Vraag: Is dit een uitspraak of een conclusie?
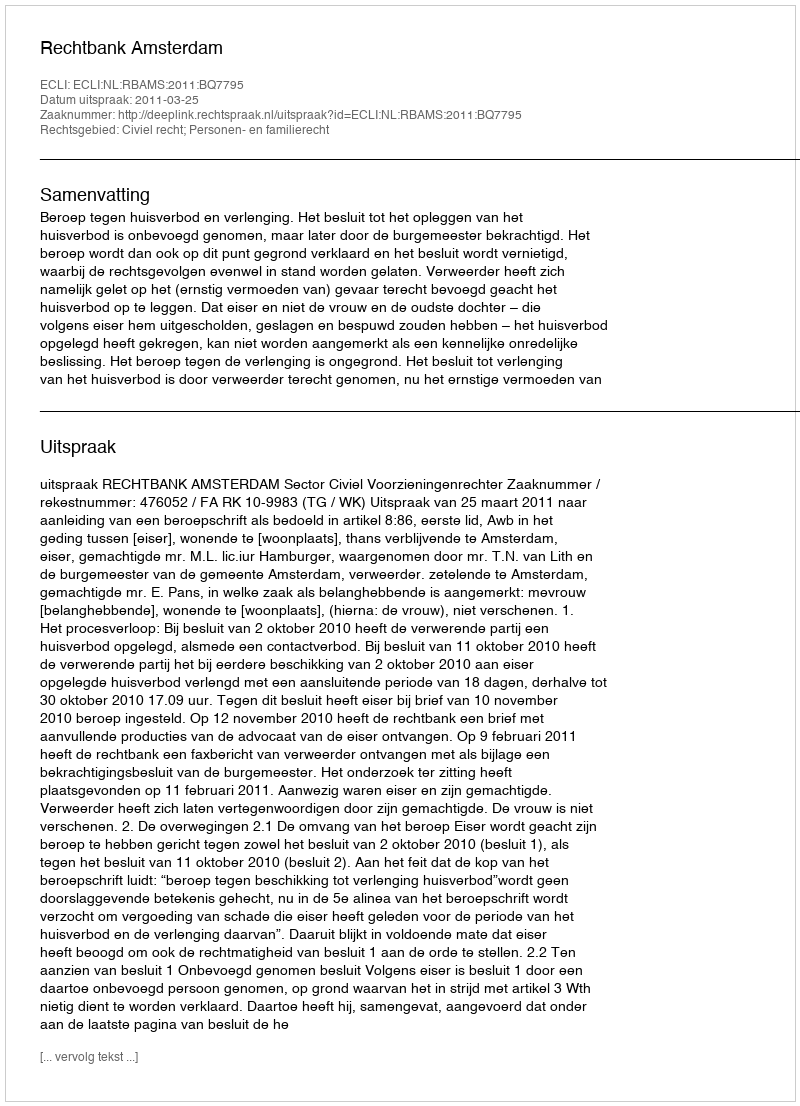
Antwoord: Uitspraak